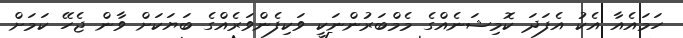
ހަމައެއާ އެކު އެފަދަ ކޮމިޝަނެއްގެ މެމްބަރުންނަކީ ވަކިފެންވަރެއްގެ ބަޔަކަށް ވާން ޖެހޭ ކަމަށް